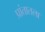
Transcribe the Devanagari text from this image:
प्रांतातला